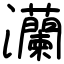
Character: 灡